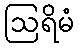
ဩရိမံ